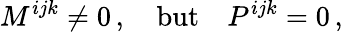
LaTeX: M^{ijk}\ne 0\, ,\quad\mathrm{but}\quad P^{ijk}=0\, ,